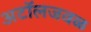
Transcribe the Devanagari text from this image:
अटॉलजवळ